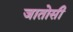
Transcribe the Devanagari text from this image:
जातोसी